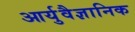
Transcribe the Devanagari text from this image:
आर्युवैज्ञानिक